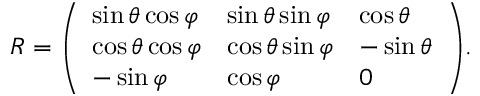
R = { \left( \begin{array} { l l l } { \sin \theta \cos \varphi } & { \sin \theta \sin \varphi } & { \cos \theta } \\ { \cos \theta \cos \varphi } & { \cos \theta \sin \varphi } & { - \sin \theta } \\ { - \sin \varphi } & { \cos \varphi } & { 0 } \end{array} \right) } .